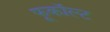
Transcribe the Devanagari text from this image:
फूकॉल्ट